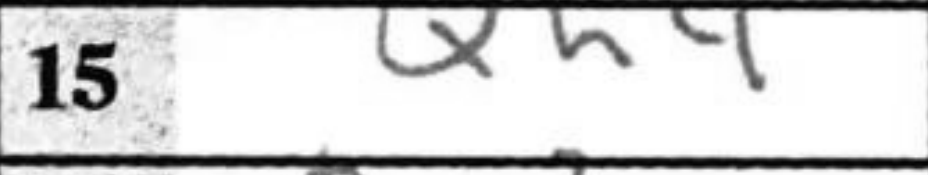
Transcription: Qh4